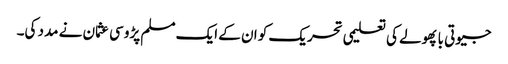
جیوتی با پھولے کی تعلیمی تحریک کو ان کے ایک مسلم پڑوسی عثمان نے مدد کی۔